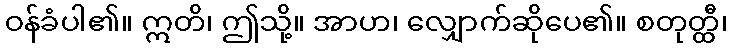
ဝန်ခံပါ၏။ ဣတိ၊ ဤသို့။ အာဟ၊ လျှောက်ဆိုပေ၏။ စတုတ္ထီ၊